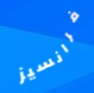
فرانسيز